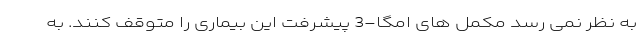
به نظر نمی رسد مکمل های امگا-3 پیشرفت این بیماری را متوقف کنند. به